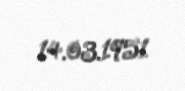
14.03.1951